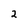
Character: 2